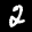
Label: 2